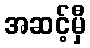
အဆင့်မှီ